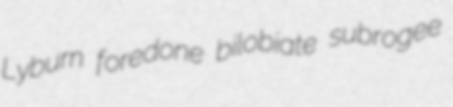
Lyburn foredone bilobiate subrogee